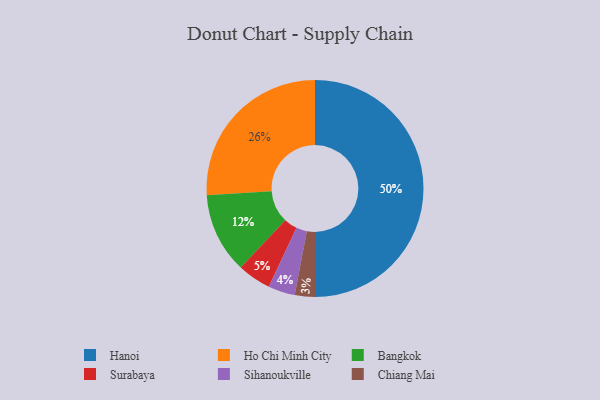
{"axis": {"x": "Category", "y": "Percentage"}, "legend": ["Bangkok", "Chiang Mai", "Hanoi", "Ho Chi Minh City", "Sihanoukville", "Surabaya"], "data": [{"x": "Surabaya", "y": 5, "type": "Surabaya"}, {"x": "Bangkok", "y": 12, "type": "Bangkok"}, {"x": "Sihanoukville", "y": 4, "type": "Sihanoukville"}, {"x": "Chiang Mai", "y": 3, "type": "Chiang Mai"}, {"x": "Ho Chi Minh City", "y": 26, "type": "Ho Chi Minh City"}, {"x": "Hanoi", "y": 50, "type": "Hanoi"}]}